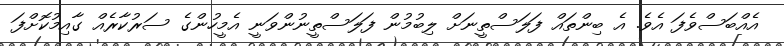
އެއްބަސްވެފަ އެވެ. އެ ބިންތައް ފަލަސްތީނަށް ލިބުމުން ފަލަސްތީނުންވަނީ އެމީހުންގެ ސަރުކާރެއް ގާއިމުކޮށްފަ